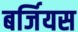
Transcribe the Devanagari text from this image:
बर्जियस